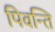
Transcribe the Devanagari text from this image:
पिवन्ति